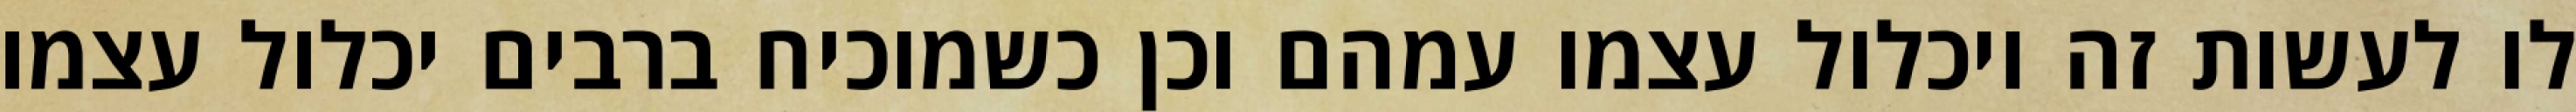
לו לעשות זה ויכלול עצמו עמהם וכן כשמוכיח ברבים יכלול עצמו